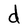
Character: d